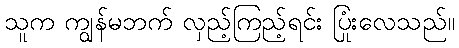
သူက ကျွန်မဘက် လှည့်ကြည့်ရင်း ပြုံးလေသည်။